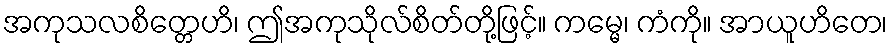
အကုသလစိတ္တေဟိ၊ ဤအကုသိုလ်စိတ်တို့ဖြင့်။ ကမ္မေ၊ ကံကို။ အာယူဟိတေ၊